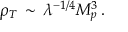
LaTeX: \rho _ { T } \, \sim \, \lambda ^ { - 1 / 4 } M _ { p } ^ { 3 } \, .